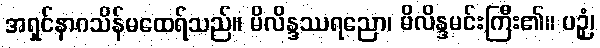
အရှင်နာဂသိန်မထေရ်သည်။ မိလိန္ဒဿရညော၊ မိလိန္ဒမင်းကြီး၏။ ပဉှံ၊